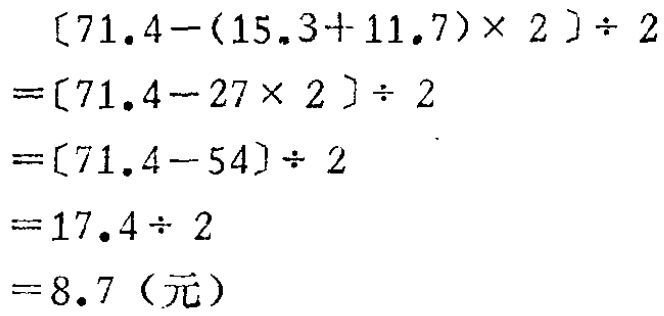
\[
\begin{align*}
&[71.4 - (15.3 + 11.7)\times2]\div2\\
=&[71.4 - 27\times2]\div2\\
=&[71.4 - 54]\div2\\
=&17.4\div2\\
=&8.7（元）
\end{align*}
\]